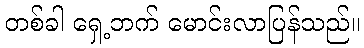
တစ်ခါ ရှေ့ဘက် မောင်းလာပြန်သည်။